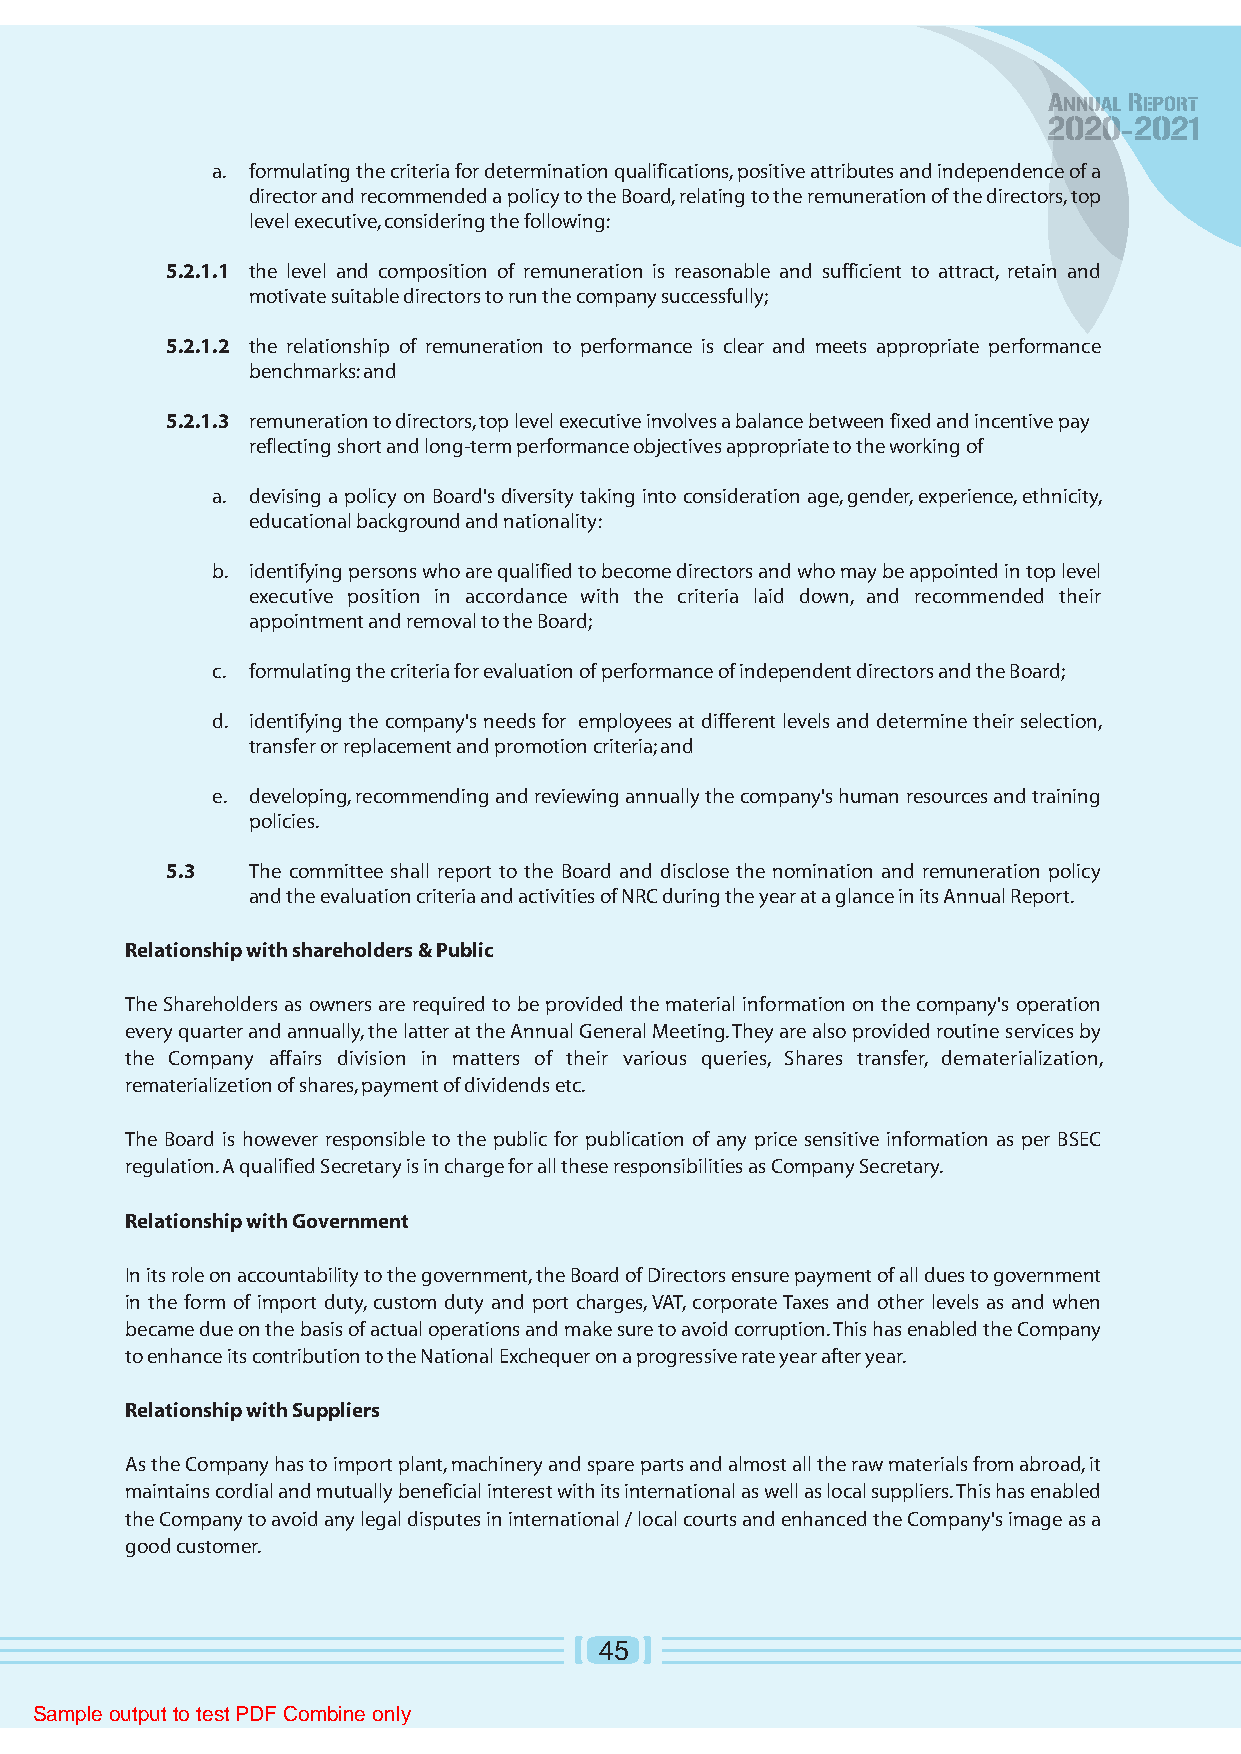
a. formulating the criteria for determination qualifications, positive attributes and independence of a
 director and recommended a policy to the Board, relating to the remuneration of the directors, top
 level executive, considering the following:
 5.2.1.1 the level and composition of remuneration is reasonable and sufficient to attract, retain and
 motivate suitable directors to run the company successfully;
 5.2.1.2 the relationship of remuneration to performance is clear and meets appropriate performance
 benchmarks: and
 5.2.1.3 remuneration to directors, top level executive involves a balance between fixed and incentive pay
 reflecting short and long-term performance objectives appropriate to the working of
 a. devising a policy on Board's diversity taking into consideration age, gender, experience, ethnicity,
 educational background and nationality:
 b. identifying persons who are qualified to become directors and who may be appointed in top level
 executive position in accordance with the criteria laid down, and recommended their
 appointment and removal to the Board;
 c. formulating the criteria for evaluation of performance of independent directors and the Board;
 d. identifying the company's needs for employees at different levels and determine their selection,
 transfer or replacement and promotion criteria; and
 e. developing, recommending and reviewing annually the company's human resources and training
 policies.
 5.3  The committee shall report to the Board and disclose the nomination and remuneration policy
 and the evaluation criteria and activities of NRC during the year at a glance in its Annual Report.
 Relationship with shareholders & Public
 The Shareholders as owners are required to be provided the material information on the company's operation
 every quarter and annually, the latter at the Annual General Meeting. They are also provided routine services by
 the Company affairs division in matters of their various queries, Shares transfer, dematerialization,
 rematerializetion of shares, payment of dividends etc.
 The Board is however responsible to the public for publication of any price sensitive information as per BSEC
 regulation. A qualified Secretary is in charge for all these responsibilities as Company Secretary.
 Relationship with Government
 In its role on accountability to the government, the Board of Directors ensure payment of all dues to government
 in the form of import duty, custom duty and port charges, VAT, corporate Taxes and other levels as and when
 became due on the basis of actual operations and make sure to avoid corruption. This has enabled the Company
 to enhance its contribution to the National Exchequer on a progressive rate year after year.
 Relationship with Suppliers
 As the Company has to import plant, machinery and spare parts and almost all the raw materials from abroad, it
 maintains cordial and mutually beneficial interest with its international as well as local suppliers. This has enabled
 the Company to avoid any legal disputes in international / local courts and enhanced the Company's image as a
 good customer.
 45
 Sample output to test PDF Combine only